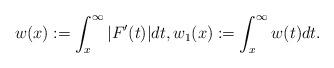
LaTeX: \begin{align*}w(x) := \int_x^\infty |F'(t)|dt, w_1(x): = \int_x^\infty w(t)dt.\end{align*}